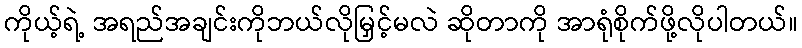
ကိုယ့်ရဲ့ အရည်အချင်းကိုဘယ်လိုမြှင့်မလဲ ဆိုတာကို အာရုံစိုက်ဖို့လိုပါတယ်။